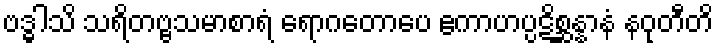
ဗဒ္ဓါသိ သရိတဗ္ဗသမာစာရံ ရောဂတောပေ ဧကာဟပ္ပဋိစ္ဆန္နာနံ နဝုတီတိ